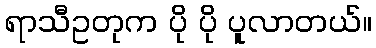
ရာသီဥတုက ပို ပို ပူလာတယ်။